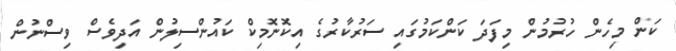
ކަން މިހެން ހުރުމުން މިފަދަ ކަންކަމުގައި ސަރުކާރުގެ އިކޮނޮމިކް ކައުންސިލުން އަދިވެސް ވިސްނުން